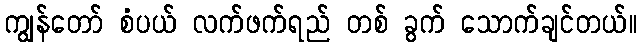
ကျွန်တော် စံပယ် လက်ဖက်ရည် တစ် ခွက် သောက်ချင်တယ်။